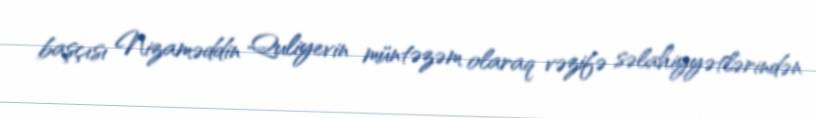
başçısı Nizaməddin Quliyevin müntəzəm olaraq vəzifə səlahiyyətlərindən